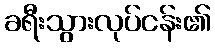
ခရီးသွားလုပ်ငန်း၏